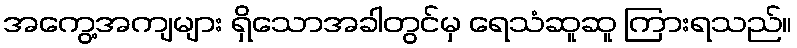
အကွေ့အကျများ ရှိသောအခါတွင်မှ ရေသံဆူဆူ ကြားရသည်။